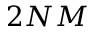
2 N M